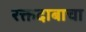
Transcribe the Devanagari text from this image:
रक्तदाबाचा